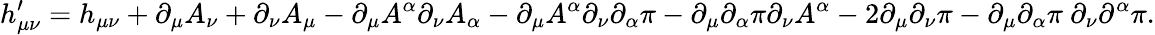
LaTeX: h_{\mu\nu}^{\prime}=h_{\mu\nu}+\partial_{\mu}A_{\nu}+\partial_{\nu}A_{\mu}-\partial_{\mu}A^{\alpha}\partial_{\nu}A_{\alpha}-\partial_{\mu}A^{\alpha}\partial_{\nu}\partial_{\alpha}\pi-\partial_{\mu}\partial_{\alpha}\pi\partial_{\nu}A^{\alpha}-2\partial_{\mu}\partial_{\nu}\pi-\partial_{\mu}\partial_{\alpha}\pi\ \partial_{\nu}\partial^{\alpha}\pi.